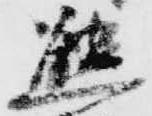
態